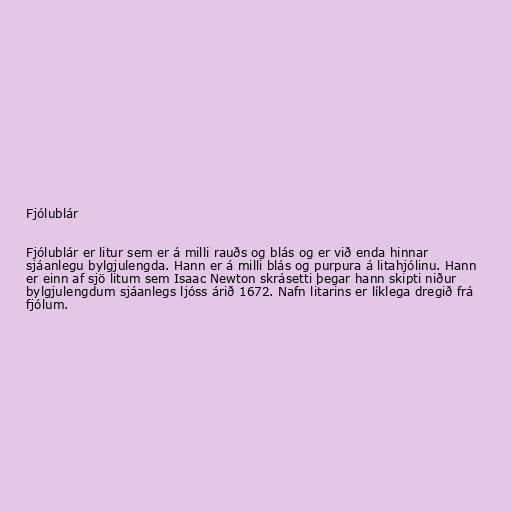
Fjólublár

Fjólublár er litur sem er á milli rauðs og blás og er við enda hinnar
sjáanlegu bylgjulengda. Hann er á milli blás og purpura á litahjólinu. Hann
er einn af sjö litum sem Isaac Newton skrásetti þegar hann skipti niður
bylgjulengdum sjáanlegs ljóss árið 1672. Nafn litarins er líklega dregið frá
fjólum.